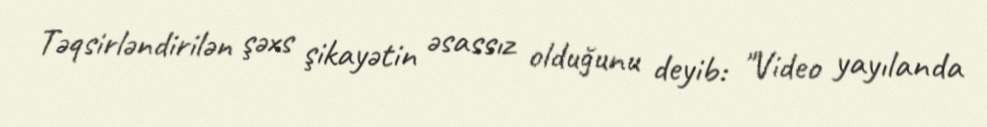
Təqsirləndirilən şəxs şikayətin əsassız olduğunu deyib: "Video yayılanda